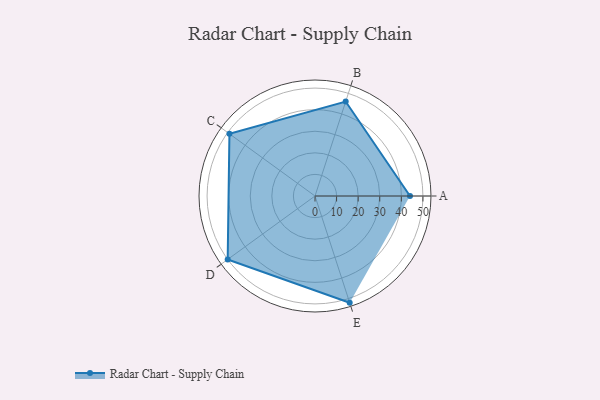
{"axis": {"x": "Skill", "y": "Score"}, "legend": ["Profile"], "data": [{"x": "A", "y": 44.0, "type": "Profile"}, {"x": "B", "y": 46.0, "type": "Profile"}, {"x": "C", "y": 49.0, "type": "Profile"}, {"x": "D", "y": 50.0, "type": "Profile"}, {"x": "E", "y": 52.0, "type": "Profile"}]}